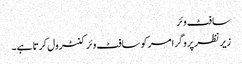
سافٹ وئر
زیر نظر پروگرامر کو سافٹ وئر کنٹرول کرتا ہے۔